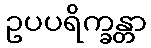
ဥပပရိက္ခန္တာ